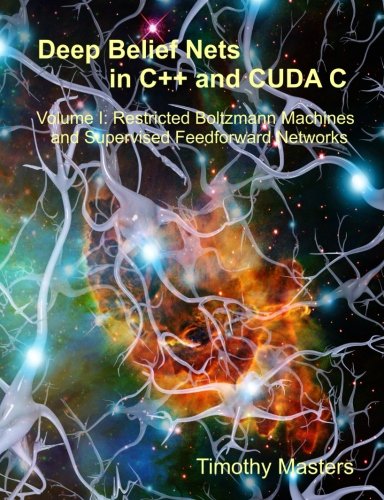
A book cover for Deep Belief Nets in C++ and CUDA C: Volume 1: Restricted Boltzmann Machines and Supervised Feedforward Networks; Timothy Masters; Computers & Technology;